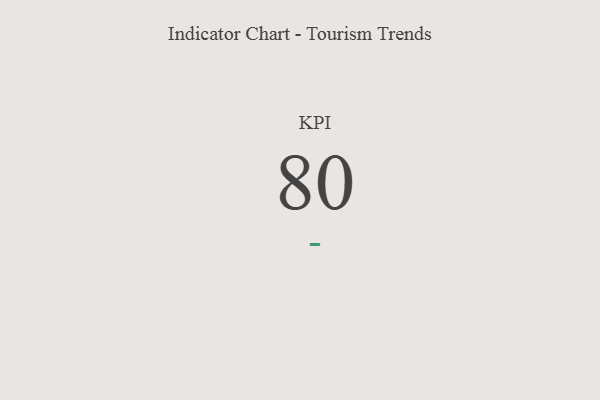
{"axis": {"x": "KPI", "y": "Value"}, "legend": [""], "data": [{"x": "KPI", "y": 80, "type": ""}]}